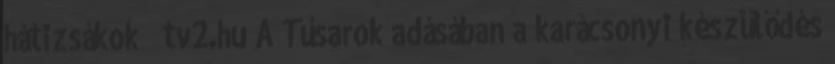
hátizsákok tv2.hu A Tűsarok adásában a karácsonyi készülődés